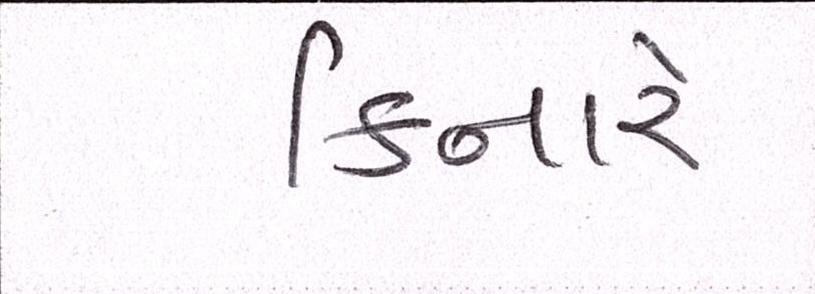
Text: કિનારે